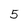
Character: 5